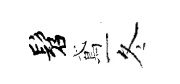
髫鳶冬